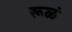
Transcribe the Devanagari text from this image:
रूळं